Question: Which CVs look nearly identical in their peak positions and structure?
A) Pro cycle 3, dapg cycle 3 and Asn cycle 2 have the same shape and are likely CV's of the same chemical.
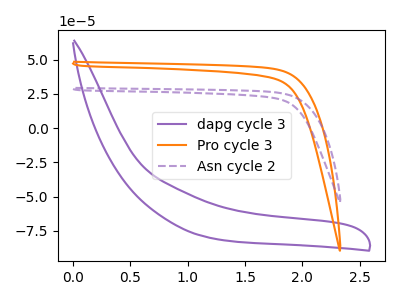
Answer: <think>The purple curve "dapg cycle 3" has no peaks. The orange curve "Pro cycle 3" has no peaks. The purple dashed curve "Asn cycle 2" has no peaks.
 Neither "dapg cycle 3" or "Pro cycle 3" have any peaks. Neither "dapg cycle 3" or "Asn cycle 2" have any peaks. Neither "Pro cycle 3" or "Asn cycle 2" have any peaks.</think>
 <answer>A) "Pro cycle 3", "dapg cycle 3" and "Asn cycle 2" have the same shape and are likely CV's of the same chemical.</answer>
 <eval>A</eval>